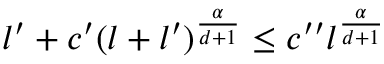
l ^ { \prime } + c ^ { \prime } ( l + l ^ { \prime } ) ^ { \frac { \alpha } { d + 1 } } \leq c ^ { \prime \prime } l ^ { \frac { \alpha } { d + 1 } }